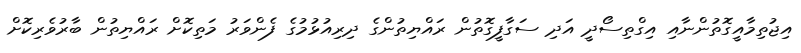
އިޖުތިމާއީގޮތުންނާއި އިގްތިސޯދީ އަދި ސަގާފީގޮތުން ރައްޔިތުންގެ ދިރިއުޅުމުގެ ފެންވަރު މަތިކޮށް ރައްޔިތުން ބާރުވެރިކޮށް